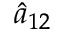
\hat { a } _ { 1 2 }